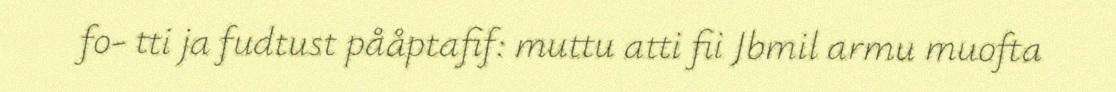
fo- tti ja fudtust pååptafif: muttu atti fii Jbmil armu muofta